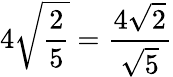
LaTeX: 4{\sqrt{\frac{2}{5}}}={\frac{4{\sqrt{2}}}{\sqrt{5}}}